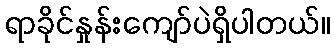
ရာခိုင်နှုန်းကျော်ပဲရှိပါတယ်။